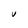
Character: V